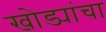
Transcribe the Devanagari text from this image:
खोड्यांचा